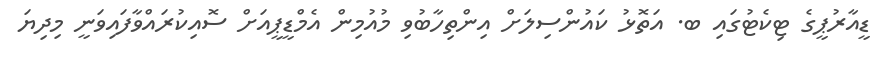
ޑީއާރުޕީގެ ޓިކެޓުގައި ބ. އަތޮޅު ކައުންސިލަށް އިންތިހާބުވި މުއުމިން އެމްޑީޕީއަށް ސޮއިކުރައްވާފައިވަނީ މިދިޔަ